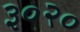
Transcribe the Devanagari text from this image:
३०२०